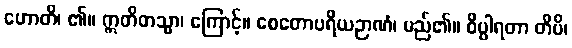
ဟောတိ၊ ၏။ ဣတိတသ္မာ၊ ကြောင့်။ စေတောပရိယဉာဏံ၊ မည်၏။ ဝိပ္ပါရတာ တိပိ၊